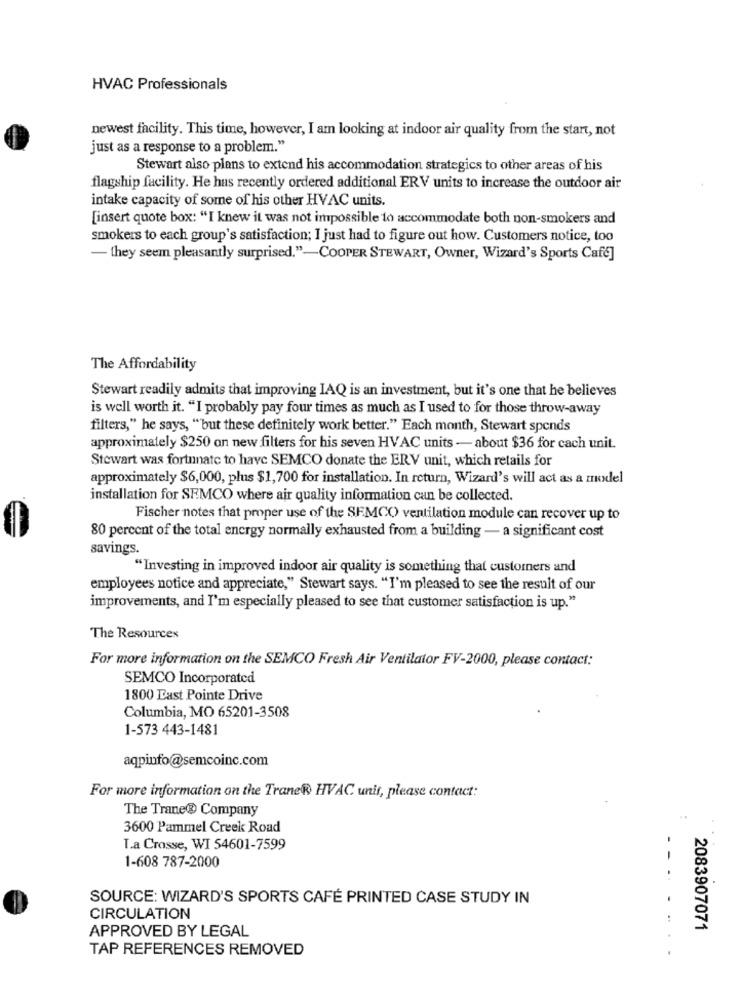
HVAC Professionals
newest facility. This time, however, I am looking at indoor air quality from the start, not
just as a response to a problem."
Stewart also plans to extend his accommodation strategics to other areas of his
flagship facility. He hus recently ordered additional ERV units to increase the outdoor air
intake capacity of some of his other HVAC units.
[insert quote box: "I knew it was not impossible to accommodate both non-smokers and
smokers to each group's satisfaction; I just had to figure out how. Customers notice, too
- they seem pleasantly surprised."-COOPER STEWART, Owner, Wizard's Sports Café]
The Affordability
Stewart readily admits that improving IAQ is an investment, but it's one that he believes
is well worth it. "I probably pay four times as much as I used to for those throw-away
filters," he says, "but these definitely work better." Each month, Stewart spends
approximately $250 on new filters for his seven HVAC units - about $36 for cach unit.
Stewart was fortunate to have SEMCO donate the ERV unit, which retails for
approximately $6,000, plus $1,700 for installation. In return, Wizard's will act as a model
installation for SEMCO where air quality information can be collected.
Fischer notes that proper use of the SEMCO ventilation module can recover up to
80 percent of the total energy normally exhausted from a building - a significant cost
savings.
"Investing in improved indoor air quality is something that customers and
employees notice and appreciate," Stewart says. "I'm pleased to see the result of our
improvements, and I'm especially pleased to see that customer satisfaction is up."
The Resources
For more information on the SEMCO Fresh Air Ventilator FV-2000, please contact:
SEMCO Incorporated
1800 East Pointe Drive
Columbia, MO 65201-3508
1-573 443-1481
aqpinfo@semcoinc.com
For more information on the Trane® HVAC unit, please contact:
The Trane® Company
3600 Pammel Creek Road
T.a Crosse, WI 54601-7599
1-608 787-2000
SOURCE: WIZARD'S SPORTS CAFÉ PRINTED CASE STUDY IN
CIRCULATION
APPROVED BY LEGAL
2083907071
TAP REFERENCES REMOVED